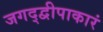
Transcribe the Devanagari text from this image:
जगद्द्वीपाकारं